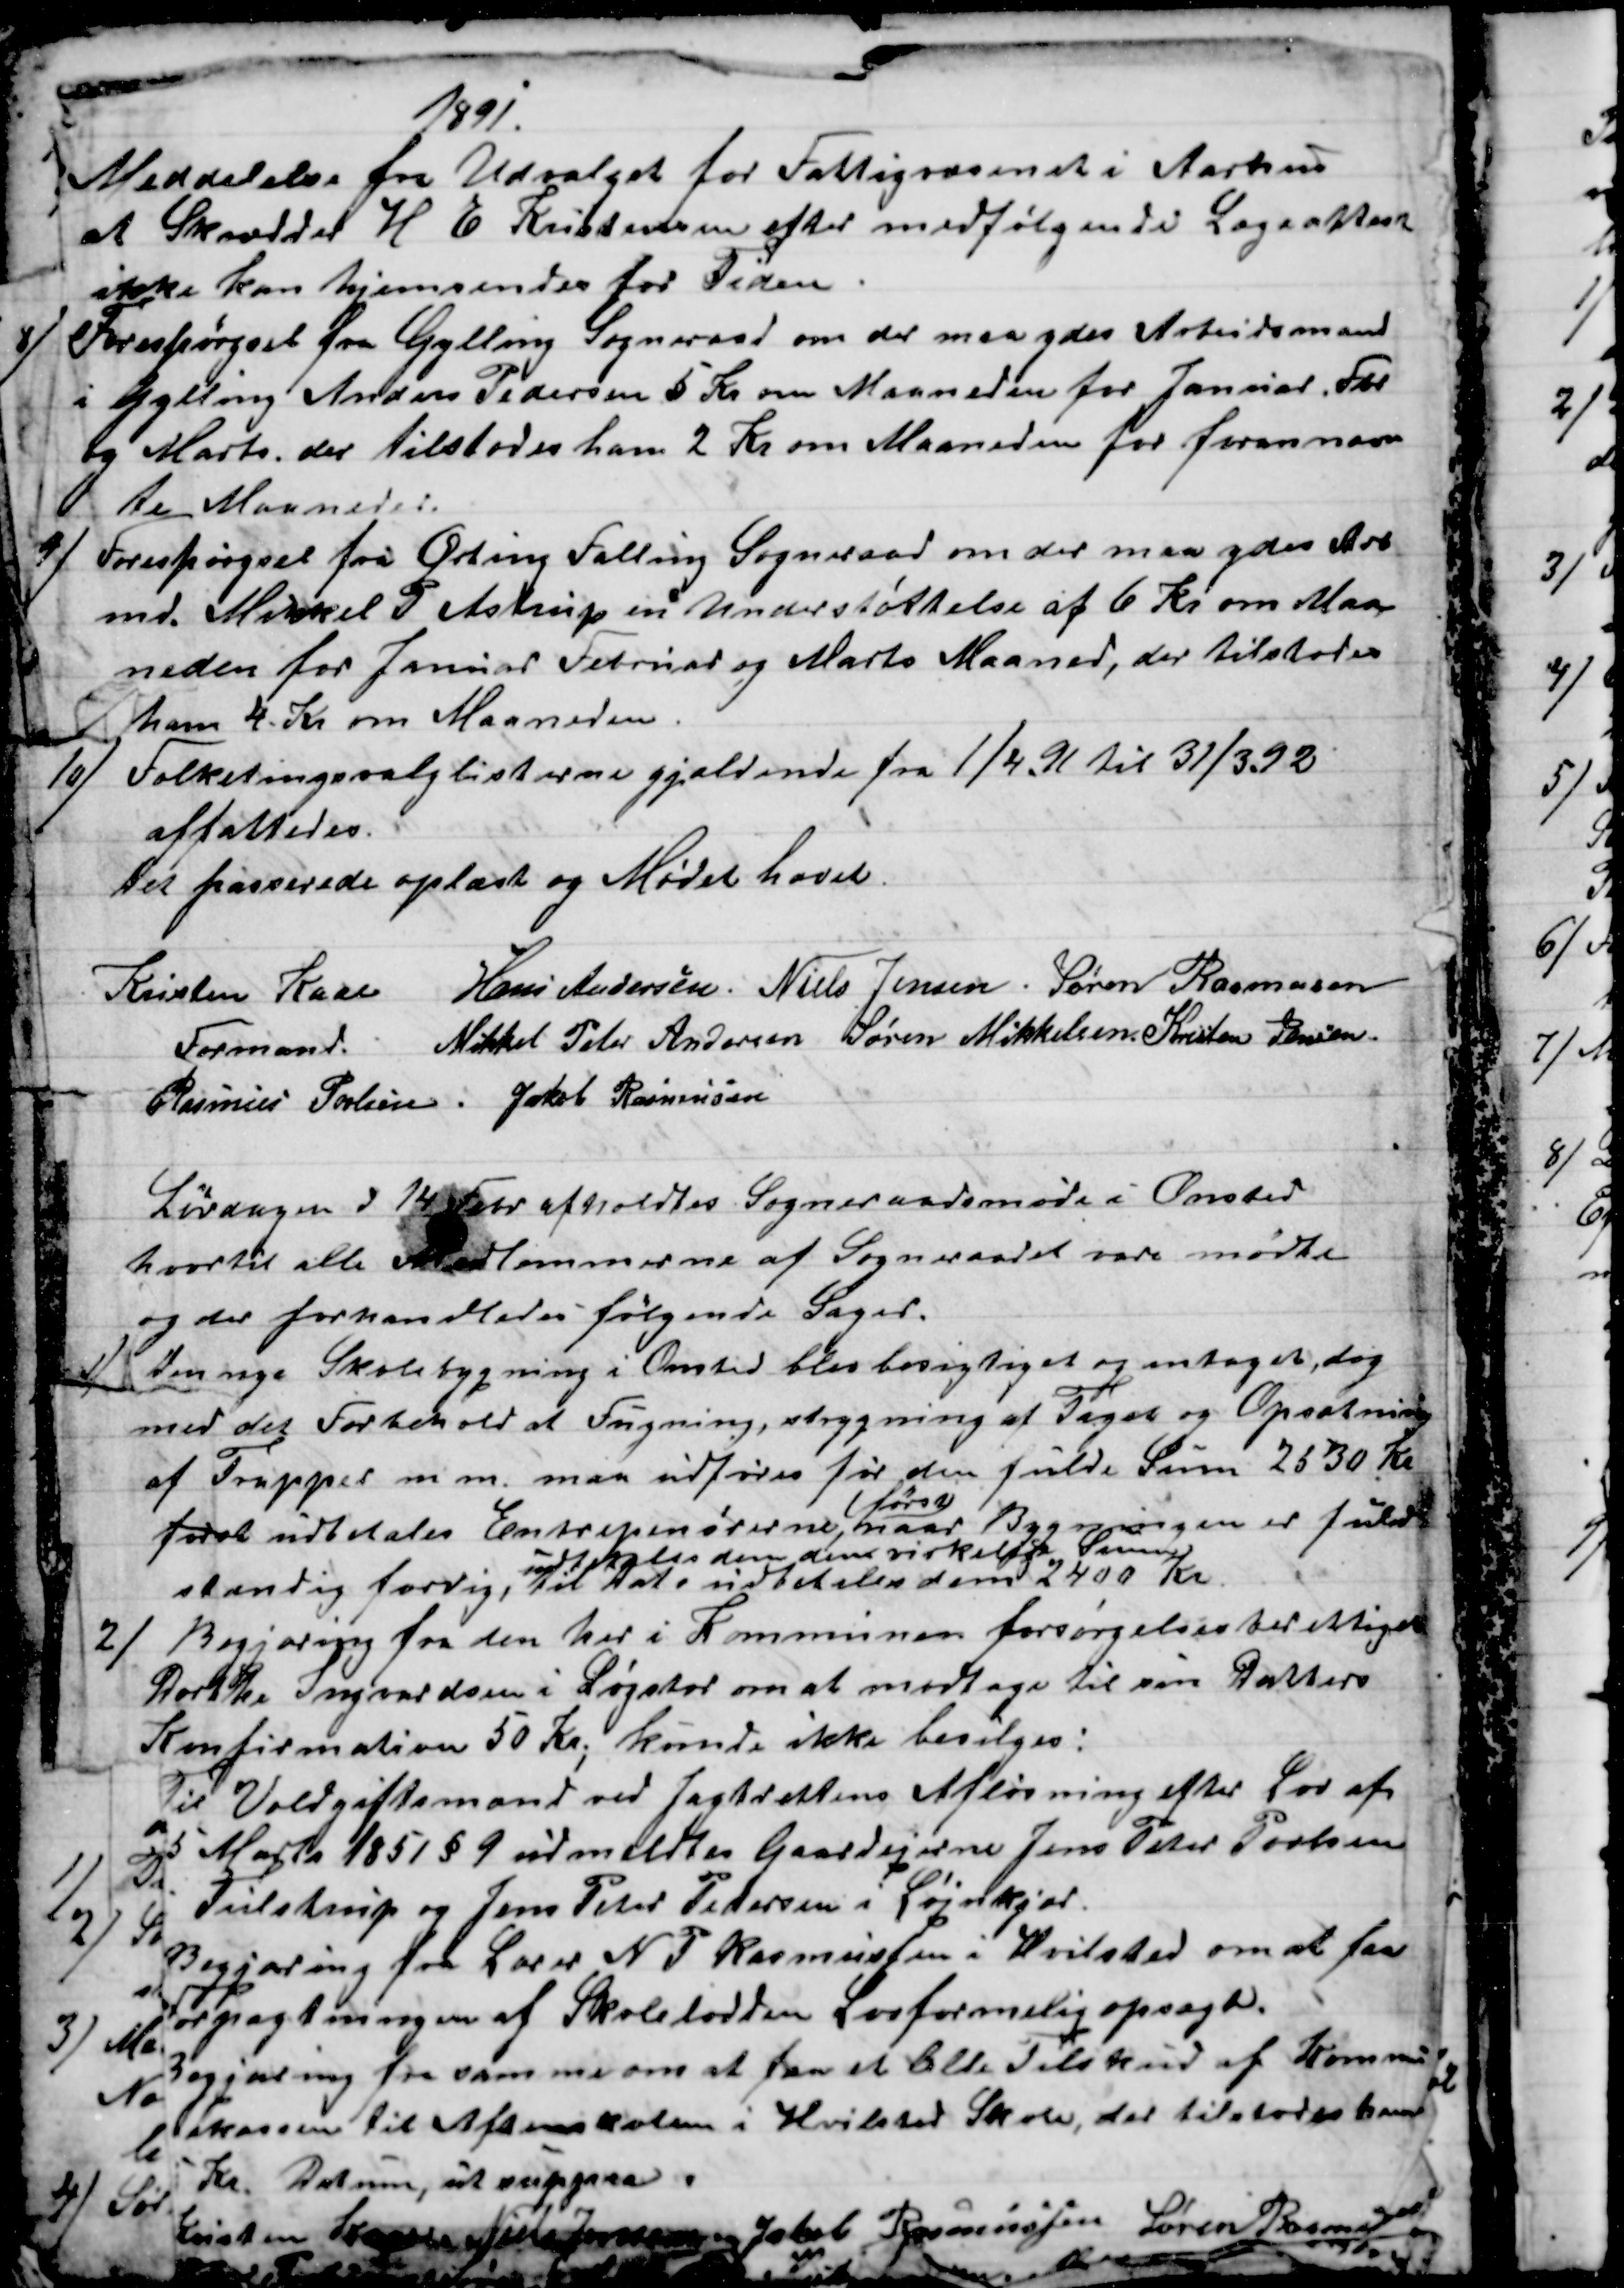
Transskription:
1891.
Meddelelse fra Udvalget for Fattigvæsenet i Aarhus
at Skrædder H. E. Kristensen efter medfølgende Lægeattest
ikke kan hjemsendes for Tiden
8) 
 Forespørgsel fra Gylling Sogneraad om der maa ydes Arbejdsmand
i Gylling Anders Pedersen 5 Kr om Maaneden for Januar, Fbr
og Marts. der tilstodes ham 2 Kr om Maaneden for forannævn
te Maaneder.
9) Forespørgsel fra Ørting Falling Sogneraad om der maa ydes Arb
md. Mikkel P. Astrup en Understøttelse af 6 Kr om Maa
neden for Januar Februar og Marts Maaned, der tilstodes
 ham 4. Kr om Maaneden.
10)
Folketingsvalglisterne gjældende fra 1/4. 91 til 31/3. 92
affattedes.
Det passerede oplæst og Mødet hævet
Kristen Kaae 
Formand.
Hans Andersen. Niels Jensen. Søren Rasmussen
Mikkel Peter Andersen Søren Mikkelsen Kristen Jensen
Rasmus Povlsen. Jakob Rasmussen
Lørdagen d 14 Febr afholdtes Sogneraadsmøde i Onsted
hvortil alle Medlemmerne af Sogneraadet vare mødte
og der forhandledes følgende Sager.
1)
Den nye Skolebygning i Onsted blev besigtiget og antaget, dog
med det Forbehold at Fugning, strygning af Taget og Opsætning
af Trapper m. m. maa udføres før den fulde Sum 2530 Kr
først udbetales Entrepenørerne, 
først
naar Bygningen er fuld
stændig færdig, 
udbetales dem den virkelige Sum
til Dato udbetales dem 2400 Kr.
2)
Begjæring fra den her i Kommunen forsørgelsesberettigede
Dorthe Ingvardsen i Løgstør om at modtage til sin Datters
Konfirmation 50 Kr., kunde ikke bevilges:
Til Voldgiftsmand ved Jagtrettens Afløsning efter Lov af
5 Marts 1851 § 9 udmeldtes Gaardejerne Jens Peter Povlsen
Tulstrup og Jens Peter Pedersen i Løjnkjær.
Begjæring fra Lærer N. P Rasmussen i Hvilsted om at faa
Forpagtningen af Skolelodden Lovformelig opsagt.
Begjæring fra samme om at faa et lille Tilskud af Kommu-
nekassen til Aftenskolen i Hvilsted Skole, der tilstodes ham
5 Kr. Datum, ut suppra.
Kristen Kaae Niels Jensen Jacob Rasmussen Søren Rasmussen